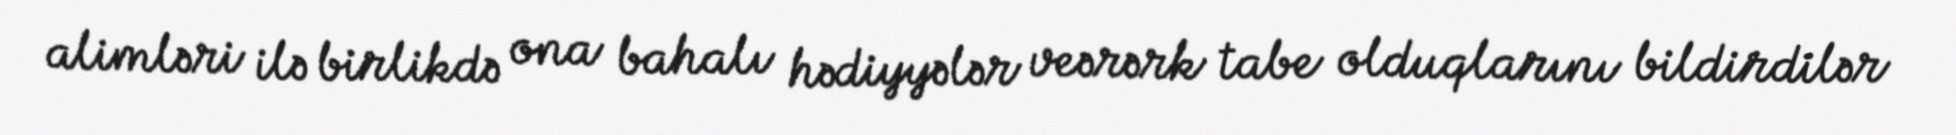
alimləri ilə birlikdə ona bahalı hədiyyələr veərərk tabe olduqlarını bildirdilər